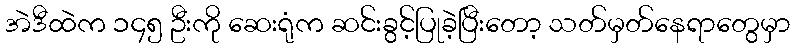
အဲဒီထဲက ၁၄၅ ဦးကို ဆေးရုံက ဆင်းခွင့်ပြုခဲ့ပြီးတော့ သတ်မှတ်နေရာတွေမှာ